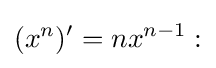
(x^{n})'=nx^{n-1}: